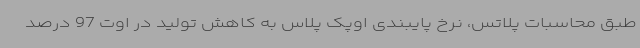
طبق محاسبات پلاتس، نرخ پایبندی اوپک پلاس به کاهش تولید در اوت 97 درصد